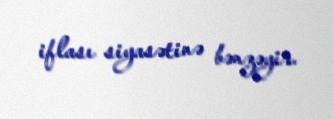
iflası siyasətinə bənzəyir.